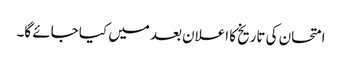
امتحان کی تاریخ کا اعلان بعد میں کیا جائے گا۔